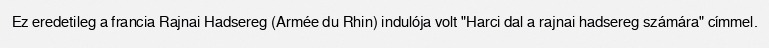
Ez eredetileg a francia Rajnai Hadsereg (Armée du Rhin) indulója volt "Harci dal a rajnai hadsereg számára" címmel.